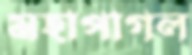
মহাপাগল